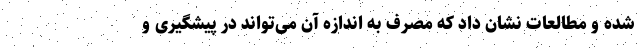
شده و مطالعات نشان داد که مصرف به اندازه آن می‌تواند در پیشگیری و